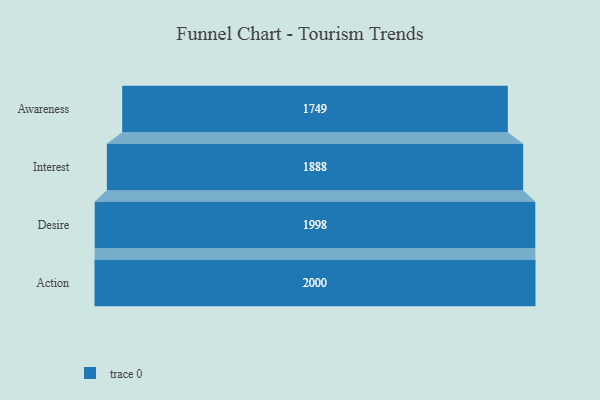
{"axis": {"x": "Stage", "y": "Value"}, "legend": [""], "data": [{"x": "Awareness", "y": 1749.0, "type": ""}, {"x": "Interest", "y": 1888.0, "type": ""}, {"x": "Desire", "y": 1998.0, "type": ""}, {"x": "Action", "y": 2000, "type": ""}]}